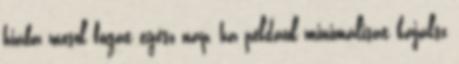
hiába mosol fogat egész nap, ha például minimálisat kajálsz